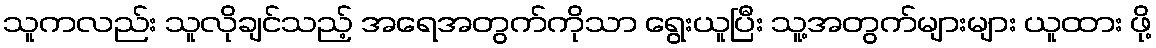
သူကလည်း သူလိုချင်သည့် အရေအတွက်ကိုသာ ရွေးယူပြီး သူ့အတွက်များများ ယူထား ဖို့